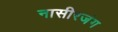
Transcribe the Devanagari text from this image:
नासीरजंग